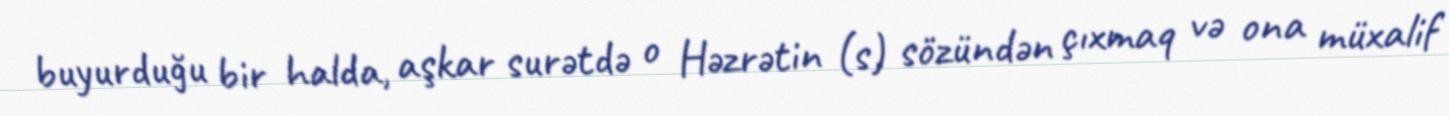
buyurduğu bir halda, aşkar surətdə o Həzrətin (s) sözündən çıxmaq və ona müxalif